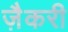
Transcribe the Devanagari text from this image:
ज़ैकरी